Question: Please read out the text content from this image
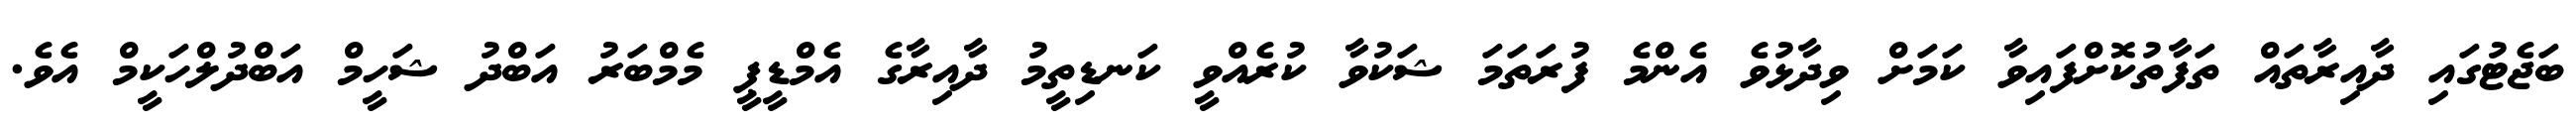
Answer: ބަޖެޓުގައި ދާއިރާތައް ތަފާތުކޮށްފައިވާ ކަމަށް ވިދާޅުވެ އެންމެ ފުރަތަމަ ޝަކުވާ ކުރެއްވީ ކަނޑިތީމު ދާއިރާގެ އެމްޑީޕީ މެމްބަރު އަބްދު ޝަހީމް އަބްދުލްހަކީމް އެވެ.